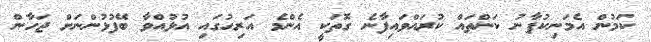
ކަމުން އެމަނިކުފާނު ކަންތައް ކުރައްވައިފާނެ ގޮތަކީ އެންމެ އަރިހުގައި އުޅުއްވާ ބޭފުޅުންނަށް ޖަހާން